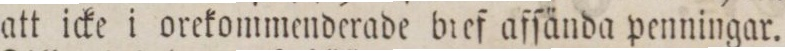
att icke i orekommenderade bief afſända penningar.